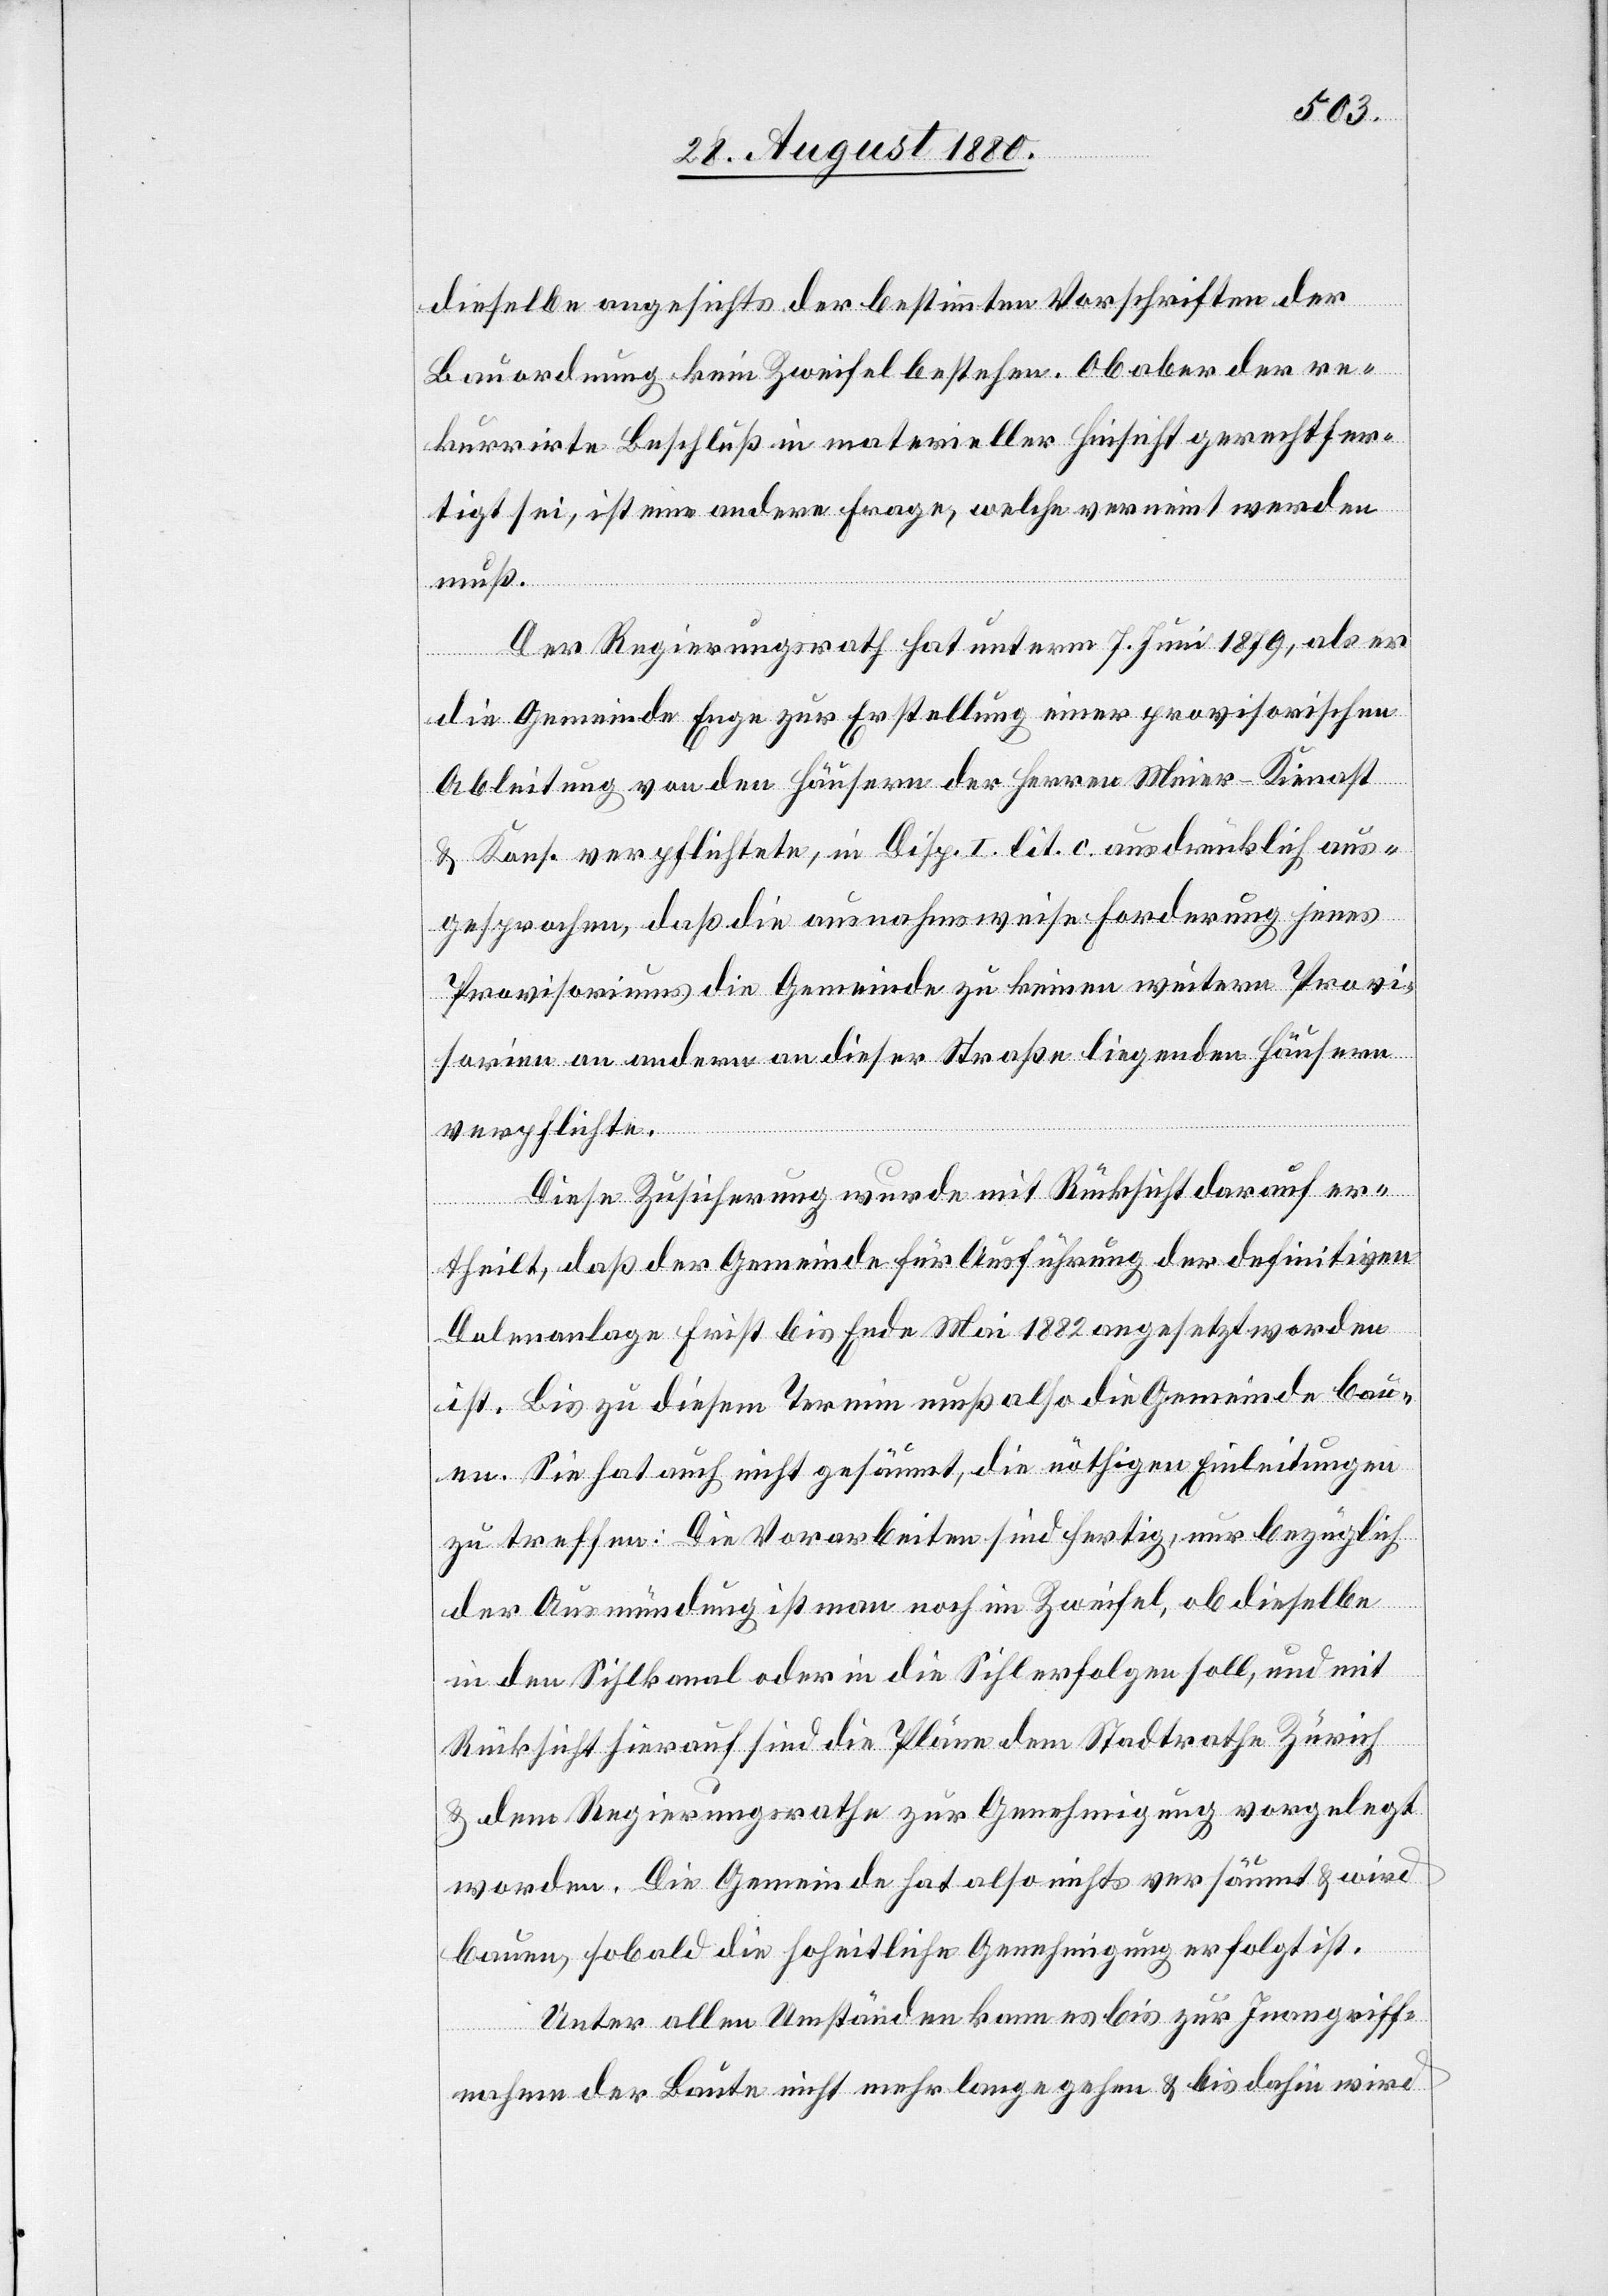
dieselbe angesichts der bestimmten Vorschriften der
Bauordnung kein Zweifel bestehen. Ob aber der re¬
kurrirte Beschluß in materieller Hinsicht gerechtfer¬
tigt sei, ist eine andere Frage, welche verneint werden
muß.
Der Regierungsrath hat unterm 7. Juni 1879, als er
die Gemeinde Enge zur Erstellung einer provisorischen
Ableitung von den Häusern der Herren Meier-Kienast
& Kons. verpflichtete, in Disp. I. lit. c. ausdrücklich aus¬
gesprochen, daß die ausnahmsweise Forderung jenes
Provisoriums die Gemeinde zu keinen weiteren Provi¬
sorien an anderen an dieser Straße liegenden Häusern
verpflichtet.
Diese Zuweisung wurde mit Rücksicht darauf er¬
theilt, daß der Gemeinde für Ausführung der definitiven
Dolenanlage Frist bis Ende Mai 1882 angesetzt worden
ist. Bis zu diesem Termin muß also die Gemeinde bau¬
en. Sie hat auch nicht gesäumt, die nöthigen Einleitungen
zu treffen: Die Vorarbeiten sind fertig, nur bezüglich
der Ausmündung ist man noch im Zweifel, ob dieselbe
in den Sihlkanal oder in die Sihl erfolgen soll, und mit
Rücksicht hierauf sind die Pläne dem Stadtrathe Zürich
& dem Regierungsrathe zur Genehmigung vorgelegt
worden. Die Gemeinde hat also nichts versäumt & wird
bauen, sobald die hoheitliche Genehmigung erfolgt ist.
Unter allen Umständen kann es bis zur Inangriff¬
nahme der Baute nicht mehr lange gehen & bis dahin wird